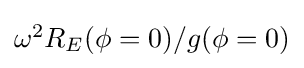
{\textstyle \omega ^{2}R_{E}(\phi =0)/g(\phi =0)}